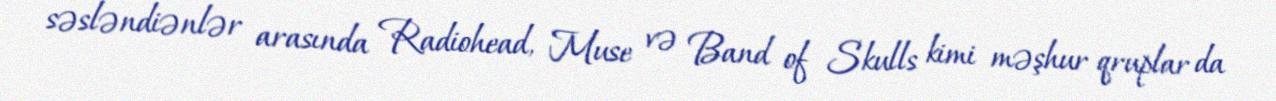
səsləndiənlər arasında Radiohead, Muse və Band of Skulls kimi məşhur qruplar da